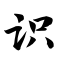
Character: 识